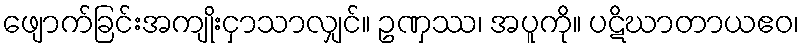
ဖျောက်ခြင်းအကျိုးငှာသာလျှင်။ ဥဏှဿ၊ အပူကို။ ပဋိဃာတာယဧဝ၊